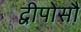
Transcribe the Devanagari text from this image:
द्वीपोसौ